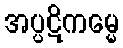
အပ္ပဋိကမ္မေ